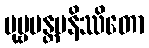
ပုဗ္ဗမန္တမနိဿိတော